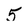
Character: 5